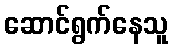
ဆောင်ရွက်နေသူ